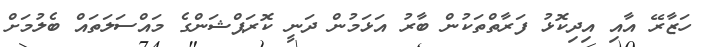
ހަޒާރޭ އާއި އިދިކޮޅު ފަރާތްތަކުން ބާރު އަޅަމުން ދަނީ ކޮރަޕްޝަންގެ މައްސަލަތައް ބެލުމަށް